Annual report of lunatic asylums [Bombay] - 1912-1922
Year: 1912
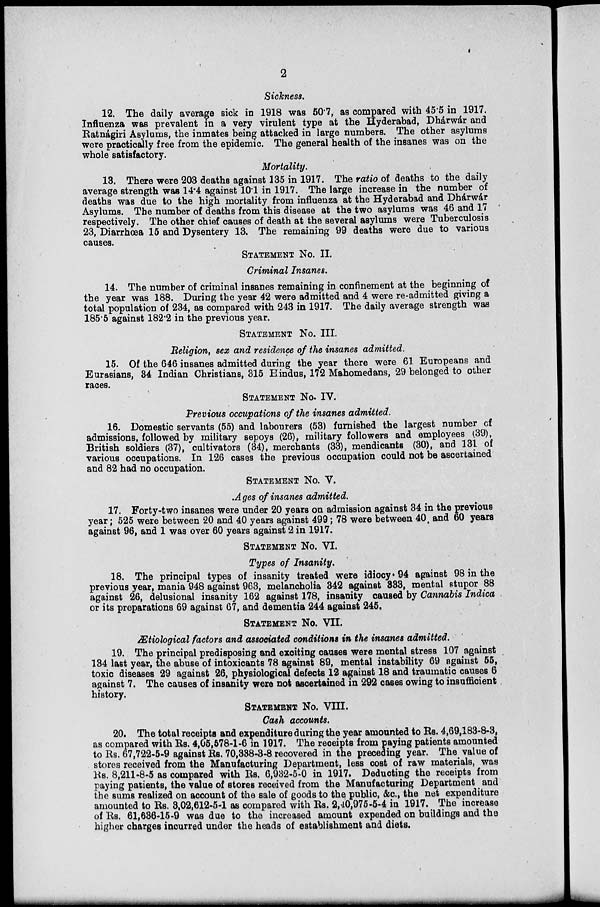
2
Sickness.
12. The daily average sick in 1918 was 50.7, as compared with 45.5 in 1917.
Influenza was prevalent in a very virulent type at the Hyderabad, Dhárwár and
Ratnágiri Asylums, the inmates being attacked in large numbers. The other asylums
were practically free from the epidemic. The general health of the insanes was on the
whole satisfactory.
Mortality.
13. There were 203 deaths against 135 in 1917. The ratio of deaths to the daily
average strength was 14.4 against 10.1 in 1917. The large increase in the number of
deaths was due to the high mortality from influenza at the Hyderabad and Dhárwár
Asylums. The number of deaths from this disease at the two asylums was 46 and 17
respectively. The other chief causes of death at the several asylums were Tuberculosis
23, Diarrhoea 15 and Dysentery 13. The remaining 99 deaths were due to various
causes.
STATEMENT NO. II.
Criminal Insanes.
14. The number of criminal insanes remaining in confinement at the beginning of
the year was 188. During the year 42 were admitted and 4 were re-admitted giving a
total population of 234, as compared with 243 in 1917. The daily average strength was
185.5 against 182.2 in the previous year.
STATEMENT No. III.
Religion, sex and residence of the insanes admitted.
15. Of the 646 insanes admitted during the year there were 61 Europeans and
Eurasians, 34 Indian Christians, 315 Hindus, 172 Mahomedans, 29 belonged to other
races.
STATEMENT No. IV.
Previous occupations of the insanes admitted.
16. Domestic servants (55) and labourers (53) furnished the largest number of
admissions, followed by military sepoys (26), military followers and employees (39),
British soldiers (37), cultivators (34), merchants (33), mendicants (30), and 131 of
various occupations. In 126 cases the previous occupation could not be ascertained
and 82 had no occupation.
STATEMENT No. V.
Ages of insanes admitted.
17. Forty-two insanes were under 20 years on admission against 34 in the previous
year; 525 were between 20 and 40 years against 499; 78 were between 40 and 60 years
against 96, and 1 was over 60 years against 2 in 1917.
STATEMENT No. VI.
Types of Insanity.
18. The principal types of insanity treated were idiocy. 94 against 98 in the
previous year, mania 948 against 963, melancholia 342 against 333, mental stupor 88
against 26, delusional insanity 162 against 178, insanity caused by Cannabis Indica
or its preparations 69 against 67, and dementia 244 against 245.
STATEMENT NO. VII.
Ætiological factors and associated conditions in the insanes admitted.
19. The principal predisposing and exciting causes were mental stress 107 against
134 last year, the abuse of intoxicants 78 against 89, mental instability 69 against 55,
toxic diseases 29 against 26, physiological defects 12 against 18 and traumatic causes 6
against 7. The causes of insanity were not ascertained in 292 cases owing to insufficient
history.
STATEMENT NO. VIII.
Cash accounts.
20. The total receipts and expenditure during the year amounted to Rs. 4,69,183-8-3,
as compared with Rs. 4,05,578-1-6 in 1917. The receipts from paying patients amounted
to Rs. 67,722-5-9 against Rs. 70,338-3-8 recovered in the preceding year. The value of
stores received from the Manufacturing Department, less cost of raw materials, was
Rs. 8,211-8-5 as compared with Rs. 6,932-5-0 in 1917. Deducting the receipts from
paying patients, the value of stores received from the Manufacturing Department and
the sums realized on account of the sale of goods to the public, &c., the net expenditure
amounted to Rs. 3,02,612-5-1 as compared with Rs. 2,40,975-5-4 in 1917. The increase
of Rs. 61,636-15-9 was due to the increased amount expended on buildings and the
higher charges incurred under the heads of establishment and diets.